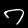
Label: 7